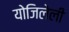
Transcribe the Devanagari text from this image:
योजिलेली